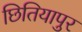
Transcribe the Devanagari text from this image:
छितियापुर